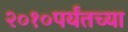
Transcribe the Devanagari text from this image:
२०१०पर्यंतच्या